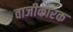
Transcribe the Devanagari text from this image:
वाजीकारक